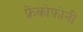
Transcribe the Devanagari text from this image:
फ़्रेंकोफ़ोनी